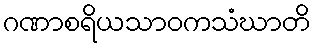
ဂဏာစရိယသာဝကသံဃာတိ